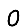
Digit: 0